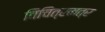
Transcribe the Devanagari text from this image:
विचित्रमत्र